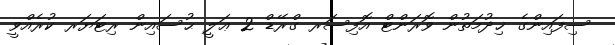
ސިފައިންގެ ޚިދުމަތުން ވޮރަންޓް އޮފިސަރ ގްރޭޑް 2 ޢަލީ ޙުސައިން ރިޓަޔަރ ކުރެއްވީ